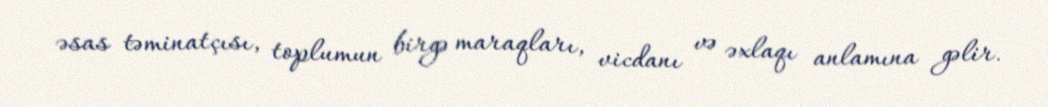
əsas təminatçısı, toplumun birgə maraqları, vicdanı və əxlaqı anlamına gəlir.